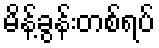
မိန့်ခွန်းတစ်ရပ်